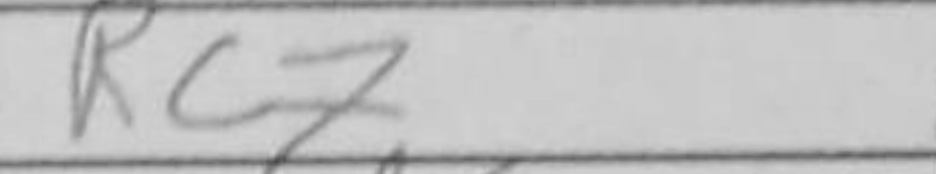
Transcription: Rc7